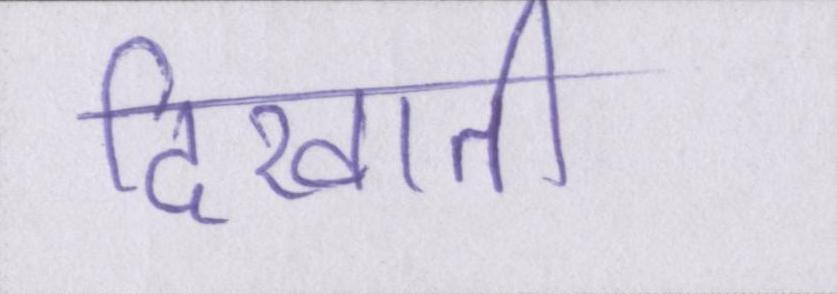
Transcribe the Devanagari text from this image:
दिखाती